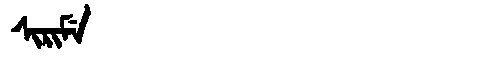
Manchu: ᠰᡳᡵᡳᠮᡝ
Romanization: SIRIME